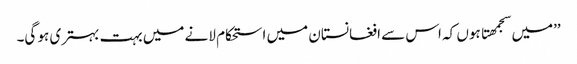
’’میں سجمھتا ہوں کہ اس سے افغانستان میں استحکام لانے میں بہت بہتری ہو گی۔